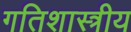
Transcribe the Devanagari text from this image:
गतिशास्त्रीय